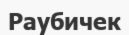
Раубичек